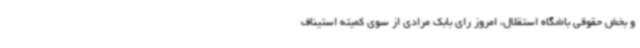
و بخش حقوقی باشگاه استقلال، امروز رای بابک مرادی از سوی کمیته استیناف